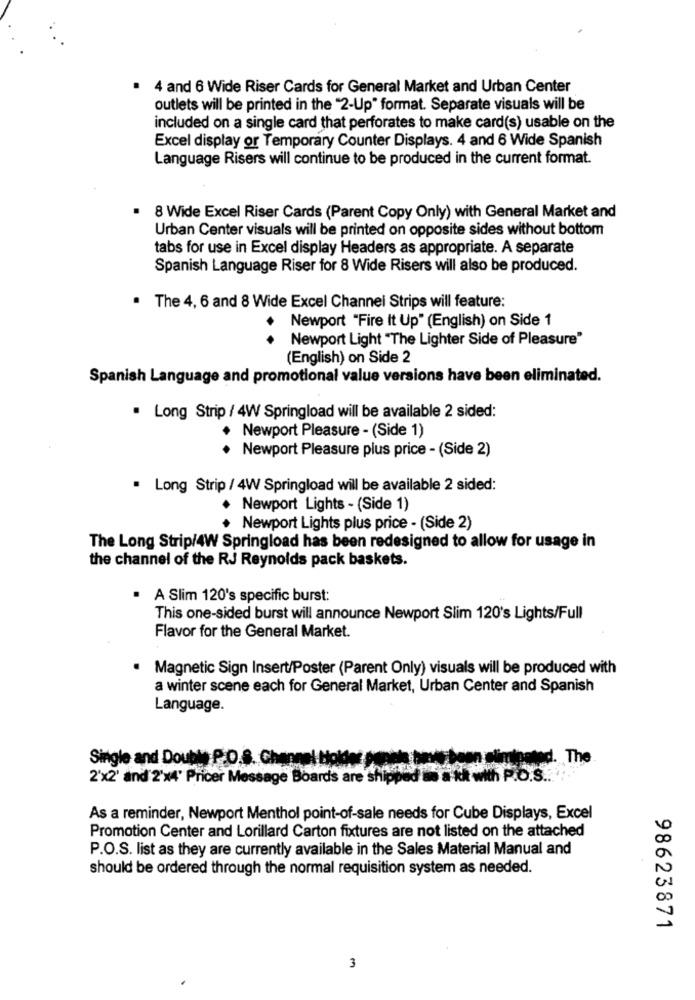
. 4 and 6 Wide Riser Cards for General Market and Urban Center
outlets will be printed in the "2-Up" format. Separate visuals will be
included on a single card that perforates to make card(s) usable on the
Excel display or Temporary Counter Displays. 4 and 6 Wide Spanish
Language Risers will continue to be produced in the current format.
8 Wide Excel Riser Cards (Parent Copy Only) with General Market and
Urban Center visuals will be printed on opposite sides without bottom
tabs for use in Excel display Headers as appropriate. A separate
Spanish Language Riser for 8 Wide Risers will also be produced.
. The 4, 6 and 8 Wide Excel Channel Strips will feature:
Newport "Fire It Up" (English) on Side 1
..
Newport Light "The Lighter Side of Pleasure"
(English) on Side 2
Spanish Language and promotional value versions have been eliminated.
. Long Strip / 4W Springload will be available 2 sided:
· Newport Pleasure - (Side 1)
Newport Pleasure plus price - (Side 2)
. Long Strip / 4W Springload will be available 2 sided:
. Newport Lights - (Side 1)
Newport Lights plus price - (Side 2)
The Long Strip/4W Springload has been redesigned to allow for usage in
the channel of the RJ Reynolds pack baskets.
· A Slim 120's specific burst:
This one-sided burst will announce Newport Slim 120's Lights/Full
Flavor for the General Market.
· Magnetic Sign Insert/Poster (Parent Only) visuals will be produced with
a winter scene each for General Market, Urban Center and Spanish
Language.
Single and Double P.O.S. Chan
The
2'x2' and 2'x4' Pricer Message Boards are shipped as a kit with P.O.S ...
As a reminder, Newport Menthol point-of-sale needs for Cube Displays, Excel
Promotion Center and Lorillard Carton fixtures are not listed on the attached
P.O.S. list as they are currently available in the Sales Material Manual and
should be ordered through the normal requisition system as needed.
98623871
3